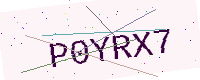
Text: P0YRX7